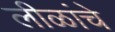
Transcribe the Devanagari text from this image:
लीळांचे